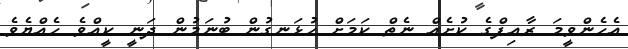
އެހެންވީމަ ރާއިފްގެ ކުށެއް ނެތް ކަމަށް ހުޅަނގުން ބުނަމުން ދަނީ ކީއްވެ ހެއްޔެވެ